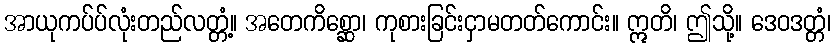
အာယုကပ်ပ်လုံးတည်လတ္တံ့။ အတေကိစ္ဆော၊ ကုစားခြင်းငှာမတတ်ကောင်း။ ဣတိ၊ ဤသို့။ ဒေဝဒတ္တံ၊